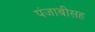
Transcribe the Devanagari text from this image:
पंजाबीसह